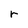
Character: r